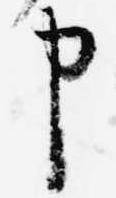
申